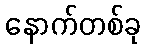
နောက်တစ်ခု